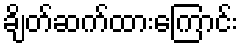
ချိတ်ဆက်ထားကြောင်း